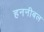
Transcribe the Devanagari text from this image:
हननीबल